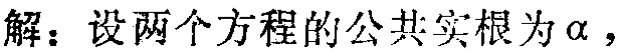
解：设两个方程的公共实根为\(\alpha\)，